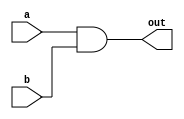
`timescale 1ns / 1ps
//////////////////////////////////////////////////////////////////////////////////
// Company: 
// Engineer: 
// 
// Design Name: 
// Module Name:    and8bit 
// Project Name: 
// Target Devices: 
// Tool versions: 
// Description: 
//
// Dependencies: 
//
// Revision: 
// Revision 0.01 - File Created
// Additional Comments: 
//
//////////////////////////////////////////////////////////////////////////////////
module and8bit(a,b,out);
	input [7:0] a;
	input [7:0] b;
	output [7:0] out;
	assign out=a&b;

endmodule